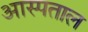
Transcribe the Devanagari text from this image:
आस्पताल